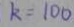
k = 1 0 0